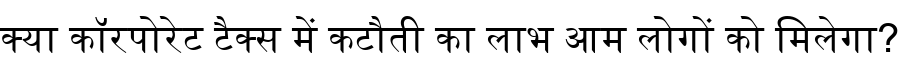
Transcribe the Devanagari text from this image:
क्या कॉरपोरेट टैक्स में कटौती का लाभ आम लोगों को मिलेगा?